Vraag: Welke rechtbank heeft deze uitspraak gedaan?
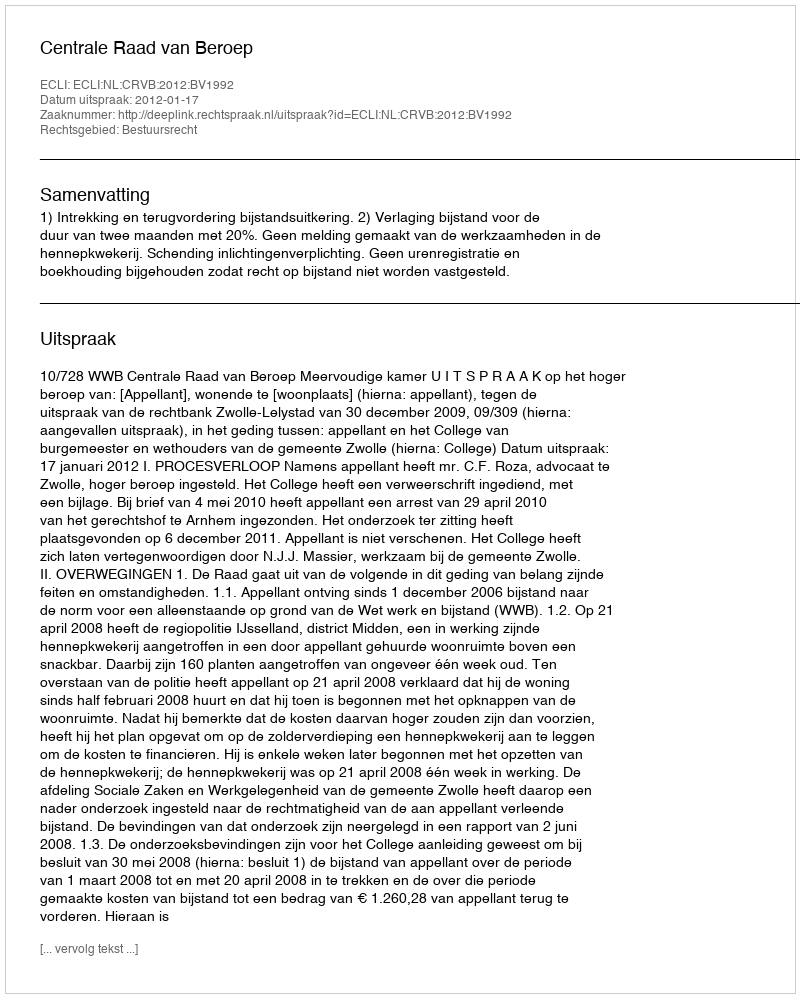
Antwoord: Centrale Raad van Beroep